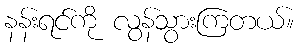
နန်းရင်ကို လွန်သွားကြတယ်။